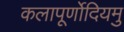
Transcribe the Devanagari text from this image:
कलापूर्णोदियमु